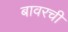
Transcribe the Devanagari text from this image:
बावरची